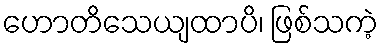
ဟောတိသေယျထာပိ၊ ဖြစ်သကဲ့